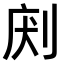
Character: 𠜢